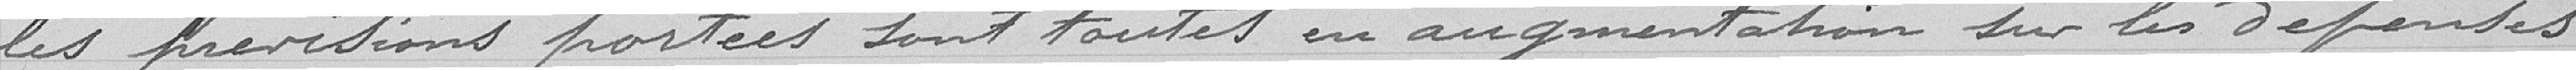
les prévisions portées sont toutes en augmentation sur les dépenses